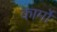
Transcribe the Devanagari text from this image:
कार्मों